Vaccination North-Western Provinces and Oudh 1896-1901 - 1896-1901
Year: 1896
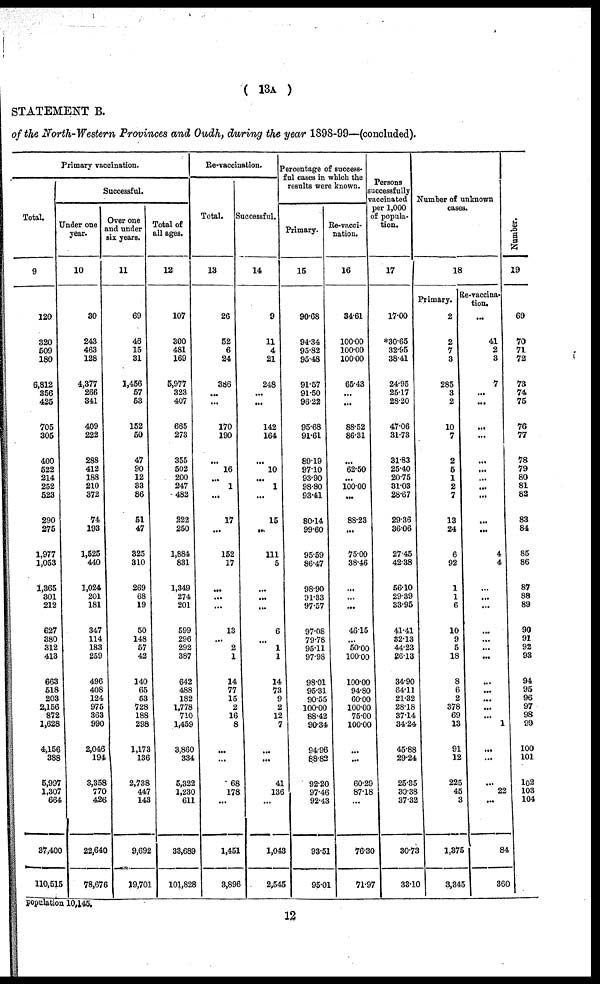
( 13A )
STATEMENT B.
of the North-Western Provinces and Oudh, during the year 1898-99—(concluded).
Primary vaccination.
Total.
9
120
320
509
180
6,812
356
425
705
305
400
522
214
252
523
290
275
1,977
1,053
1,365
301
212
627
380
312
413
663
518
203
2,156
872
1,628
4,156
388
5,997
1,307
664
37,400
110,515
Successful.
Under one
year.
10
30
243
463
128
4,377
266
341
409
222
288
412
188
210
372
74
193
1,525
440
1,024
201
181
347
114
183
259
496
408
124
975
363
990
2,046
194
3,358
770
426
22,640
78,676
Over one
and under
six years.
11
69
46
15
31
1,456
57
53
152
50
47
90
12
33
86
51
47
325
310
269
68
19
50
148
57
42
140
65
53
728
188
298
1,173
136
2,738
447
143
9,692
19,701
Total of
all ages.
12
107
300
481
169
5,977
323
407
665
273
355
502
200
247
482
222
250
1,884
831
1,349
274
201
599
296
292
387
642
488
182
1,778
710
1,459
3,860
334
5,322
1,230
611
33,689
101,828
Re-vaccination.
Total.
13
26
52
6
24
386
...
...
170
190
...
16
...
1
...
17
...
152
17
...
...
...
13
...
2
1
14
77
15
2
16
8
...
...
68
178
...
1,451
3,896
Successful.
14
9
11
4
21
248
...
...
142
164
...
10
...
1
...
15
...
111
5
...
...
...
6
...
1
1
14
73
9
2
12
7
...
...
41
136
...
1,043
2,545
Percentage of success¬
ful cases in which the
results were known.
Primary.
15
90.68
94.34
95.82
95.48
91.57
91.50
96.22
95.68
91.61
89.19
97.10
93.90
98.80
93.41
80.14
99.60
95.59
86.47
98.90
91.33
97.57
97.08
79.78
95.11
97.98
98.01
95.31
90.55
100.00
88.42
90.34
94.96
88.82
92.20
97.46
92.43
93.51
95.01
Re-vacci¬
nation.
16
34.61
100.00
100.00
100.00
65.43
...
...
88.52
86.31
...
62.50
...
100.00
...
88.23
...
75.00
38.46
...
...
...
46.15
...
50.00
100.00
100.00
94.80
60.00
100.00
75.00
100.00
...
...
60.29
87.18
...
76.30
71.95
Persons
successfully
vaccinated
per 1,000
of popula-
tion.
17
17.00
*30.65
32.95
38.41
24.95
25.17
28.20
47.06
31.73
31.83
25.40
20.75
31.03
28.67
29.36
36.06
27.45
42.38
56.10
29.39
33.95
41.41
32.13
44.23
26.13
34.90
64.11
21.32
28.18
37.14
34.24
45.88
29.24
25.35
30.38
37.32
30.73
33.10
Number of unknown
cases.
18
Primary.
2
2
7
3
285
3
2
10
7
2
5
1
2
7
13
24
6
92
1
1
6
10
9
5
18
8
6
2
378
69
13
91
12
225
45
3
1,375
3,345
Re-vaccina¬
tion.
...
41
2
3
7
...
...
...
...
...
...
...
...
...
...
...
4
4
...
...
...
...
...
...
...
...
...
...
...
...
1
...
...
...
22
...
84
360
Number.
19
69
70
71
72
73
74
75
76
77
78
79
80
81
82
83
84
85
86
87
88
89
90
91
92
93
94
95
96
97
98
99
100
101
102
103
104
population 10,145.
12